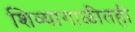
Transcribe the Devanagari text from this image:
शिव्यागाळीतही